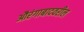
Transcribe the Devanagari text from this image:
औरंगाबादवरील